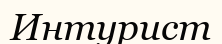
Интурист